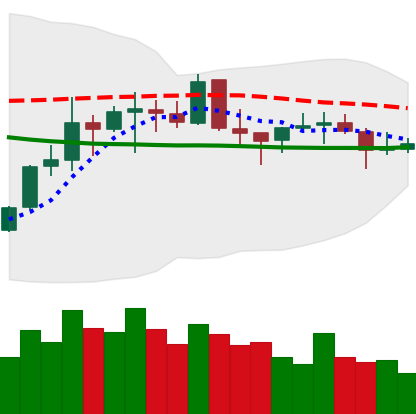
Ticker: EOS-USD
Chart end date: 2021-10-19
Forward return: 6.598%
Label: up_5_7